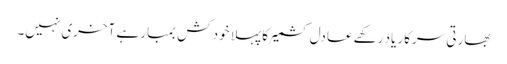
بھارتی سرکار یاد رکھے عادل کشمیر کا پہلا خود کش بمبار ہے آخری نہیں۔